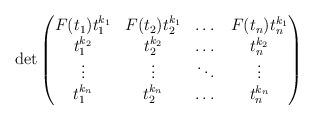
LaTeX: \begin{align*}\det\begin{pmatrix}F(t_1)t_1^{k_1} & F(t_2)t_2^{k_1} & \dots & F(t_n)t_n^{k_1} \\t_1^{k_2} & t_2^{k_2} & \dots & t_n^{k_2} \\\vdots & \vdots & \ddots & \vdots \\t_1^{k_n} & t_2^{k_n} & \dots & t_n^{k_n} \end{pmatrix}\end{align*}